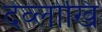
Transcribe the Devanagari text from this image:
देव्लोखि